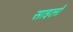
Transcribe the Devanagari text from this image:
साइलों